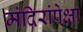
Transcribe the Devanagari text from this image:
मंदिरांपेक्षा